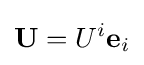
\mathbf {U} =U^{i}\mathbf {e} _{i}